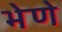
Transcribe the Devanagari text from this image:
भेणे